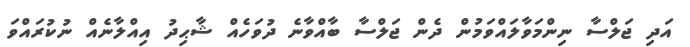
އަދި ޖަލްސާ ނިންމަވާލައްވަމުން ދެން ޖަލްސާ ބާއްވާނެ ދުވަހެއް ޝާޙިދު އިއްލާނެއް ނުކުރައްވަ